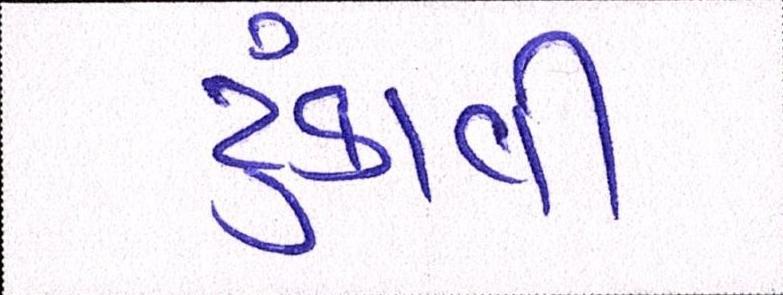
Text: ટુંકાવી